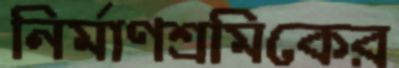
নির্মাণশ্রমিকের